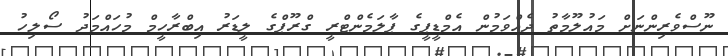
ނޫސްވެރިންނަށް މައުލޫމާތު ދެއްވަމުން އެމްޑީޕީގެ ޕާލަމެންޓްރީ ގްރޫޕްގެ ލީޑަރު އިބްރާހީމް މުހައްމަދު ސޯލިހު